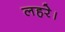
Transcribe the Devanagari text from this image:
लहरे।